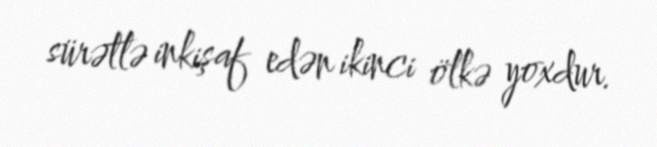
sürətlə inkişaf edən ikinci ölkə yoxdur.